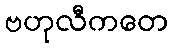
ဗဟုလီကတေ